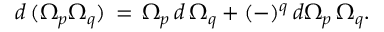
d \, ( \Omega _ { p } \Omega _ { q } ) \, = \, \Omega _ { p } \, d \, \Omega _ { q } + ( - ) ^ { q } \, d \Omega _ { p } \, \Omega _ { q } .